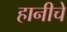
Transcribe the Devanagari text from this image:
हानीचे